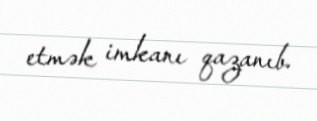
etmək imkanı qazanıb.